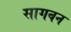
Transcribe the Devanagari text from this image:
सागवन